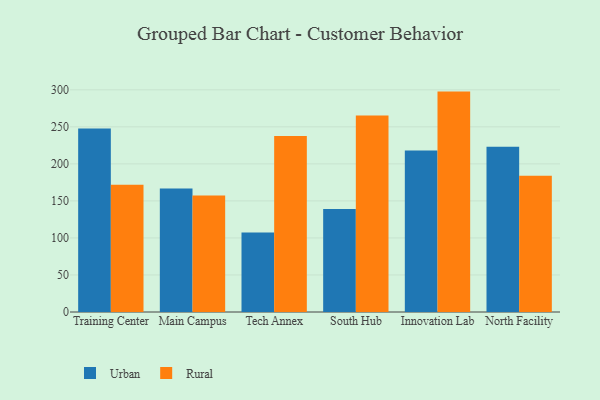
{"axis": {"x": "Campus", "y": "Churn Rate (%)"}, "legend": ["Rural", "Urban"], "data": [{"x": "Training Center", "y": 247.7, "type": "Urban"}, {"x": "Training Center", "y": 171.8, "type": "Rural"}, {"x": "Main Campus", "y": 166.9, "type": "Urban"}, {"x": "Main Campus", "y": 157.4, "type": "Rural"}, {"x": "Tech Annex", "y": 107.2, "type": "Urban"}, {"x": "Tech Annex", "y": 237.6, "type": "Rural"}, {"x": "South Hub", "y": 139.0, "type": "Urban"}, {"x": "South Hub", "y": 265.2, "type": "Rural"}, {"x": "Innovation Lab", "y": 218.1, "type": "Urban"}, {"x": "Innovation Lab", "y": 297.6, "type": "Rural"}, {"x": "North Facility", "y": 223.0, "type": "Urban"}, {"x": "North Facility", "y": 184.1, "type": "Rural"}]}